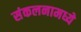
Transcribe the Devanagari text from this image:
संकलनामध्ये